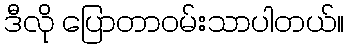
ဒီလို ပြောတာဝမ်းသာပါတယ်။